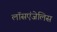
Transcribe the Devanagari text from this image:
लॉसएंजेलिस